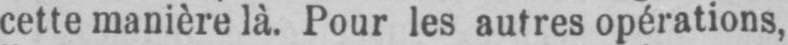
cette manière là. Pour les autres opérations,